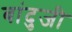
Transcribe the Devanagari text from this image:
बांदुजी